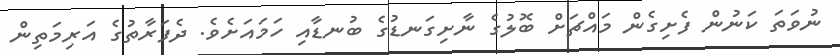
ނުވަތަ ކަނުން ފެށިގެން މައްޗަށް ބޮލުގެ ނާށިގަނޑުގެ ބުނޑާއި ހަމައަށެވެ. ދެފަރާތުގެ އަރިމަތިން